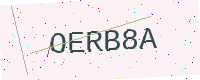
Text: OERB8A